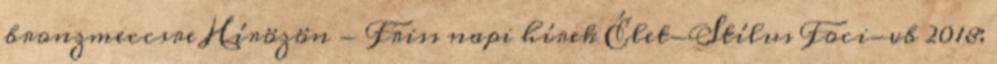
bronzmeccsre Hírözön - Friss napi hírek Élet-Stílus Foci-vb 2018: